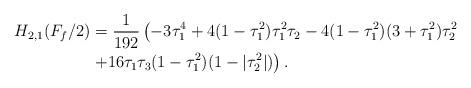
LaTeX: \begin{align*}H_{2,1}(F_{f}/2)&=\frac{1}{192}\left(-3\tau^4_{1} +4(1-\tau^2_{1})\tau^2_{1}\tau_{2}-4(1-\tau^2_{1})(3+\tau^2_{1})\tau^2_{2} \right.\\&\left.+16\tau_{1}\tau_{3}(1-\tau^2_{1})(1-|\tau^2_{2}|)\right).\end{align*}